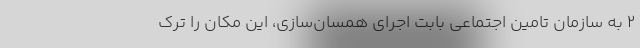
۲ به سازمان تامین اجتماعی بابت اجرای همسان‌سازی، این مکان را ترک